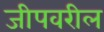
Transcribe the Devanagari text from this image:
जीपवरील